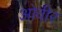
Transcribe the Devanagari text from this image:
ओवीर